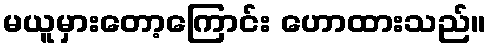
မယူမှားတော့ကြောင်း ဟောထားသည်။